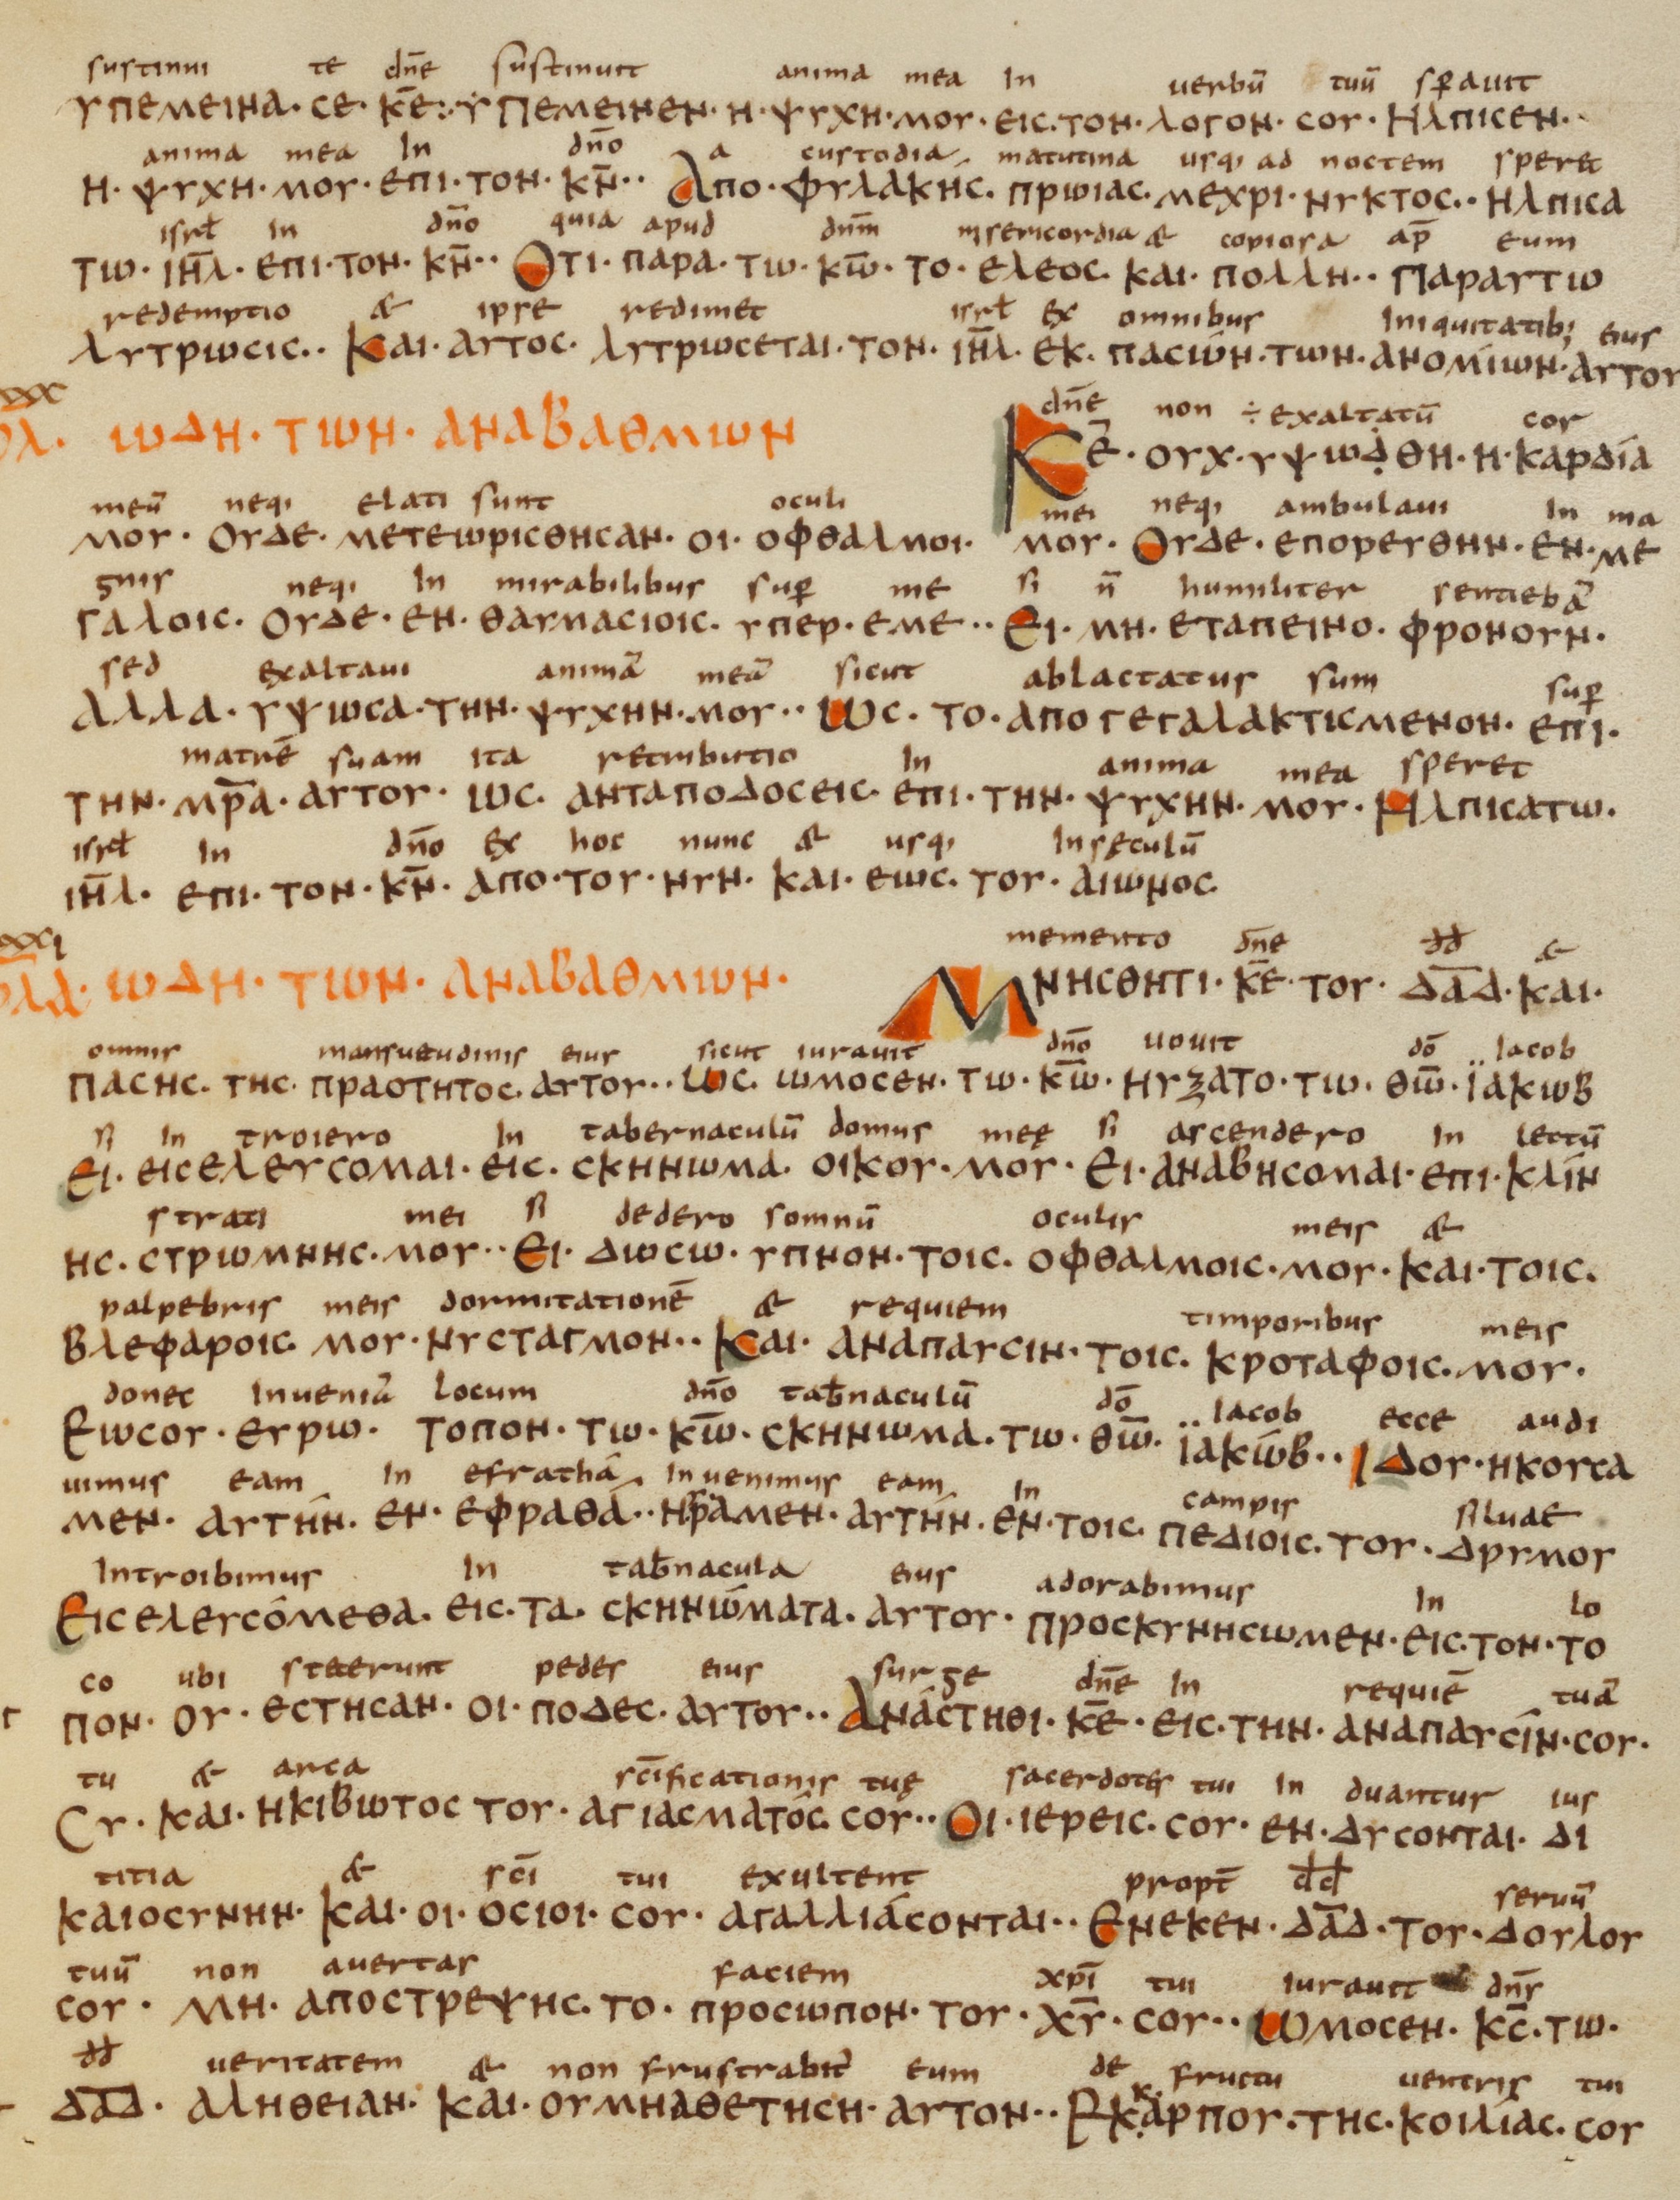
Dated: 833–899